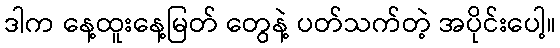
ဒါက နေ့ထူးနေ့မြတ် တွေနဲ့ ပတ်သက်တဲ့ အပိုင်းပေါ့။